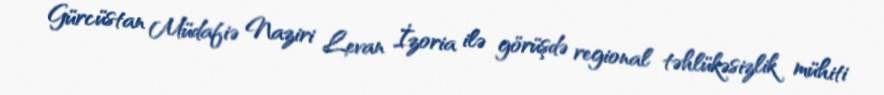
Gürcüstan Müdafiə Naziri Levan İzoria ilə görüşdə regional təhlükəsizlik mühiti